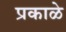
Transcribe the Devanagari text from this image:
प्रकाळे